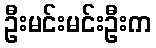
ဦးမင်းမင်းဦးက